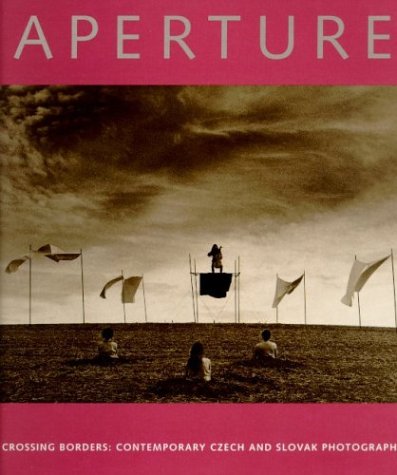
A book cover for Aperture 152: Crossing Borders, Contemporary Czech & Slovak Photography; Aperture Foundation Inc. Staff; Travel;